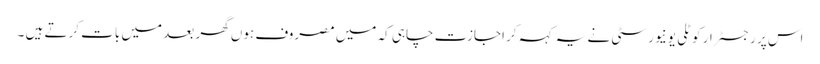
اس پر رجسٹرار کوٹلی یونیورسٹی نے یہ کہہ کر اجازت چاہی کہ میں مصروف ہوں گھر بعد میں بات کرتے ہیں ۔